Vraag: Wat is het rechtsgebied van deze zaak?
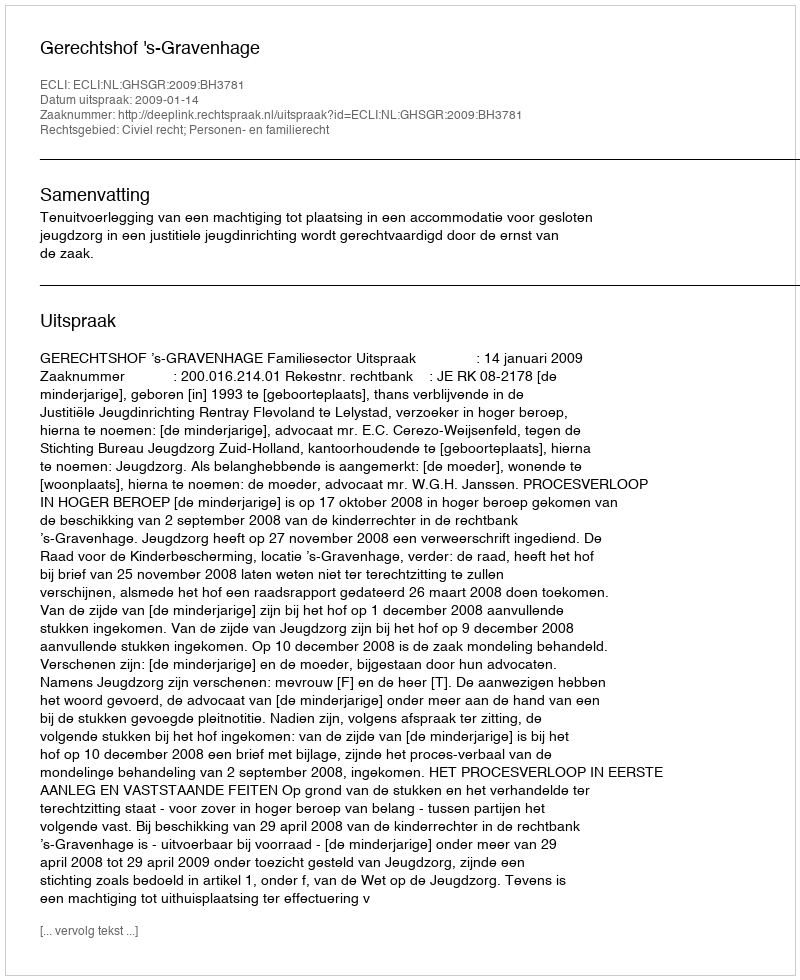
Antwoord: Civiel recht; Personen- en familierecht